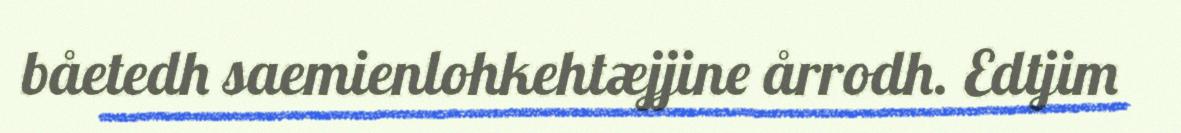
båetedh saemienlohkehtæjjine årrodh. Edtjim